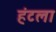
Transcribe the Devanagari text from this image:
हंटला